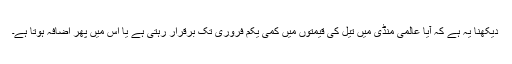
دیکھنا یہ ہے کہ آیا عالمی منڈی میں تیل کی قیمتوں میں کمی یکم فروری تک برقرار رہتی ہے یا اس میں پھر اضافہ ہوتا ہے۔